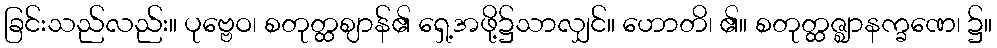
ခြင်းသည်လည်း။ ပုဗ္ဗေဝ၊ စတုတ္ထဈာန်၏ ရှေ့အဖို့၌သာလျှင်။ ဟောတိ၊ ၏။ စတုတ္ထဇ္ဈာနက္ခဏေ၊ ၌။